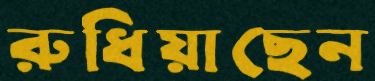
রুধিয়াছেন